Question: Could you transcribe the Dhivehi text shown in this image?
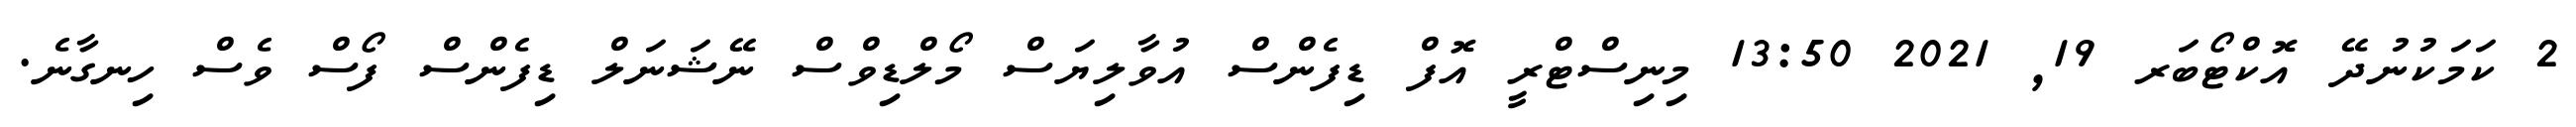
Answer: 2 ކަމަކުނުދޭ އޮކްޓޯބަރ 19, 2021 13:50 މިނިސްޓްރީ އޮފް ޑިފެންސް އުވާލިޔަސް މޯލްޑިވްސް ނޭޝަނަލް ޑިފެންސް ފޯސް ވެސް ހިނގާނެ.